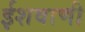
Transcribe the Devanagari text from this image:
ईशवाणी